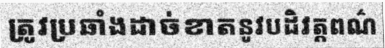
ត្រូវប្រឆាំងដាច់ខាតនូវបដិវត្តពណ៌